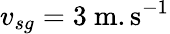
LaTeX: v_{sg}=3~\mathrm{m.s^{-1}}